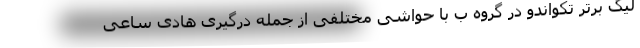
لیگ برتر تکواندو در گروه ب با حواشی مختلفی از جمله درگیری هادی ساعی